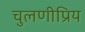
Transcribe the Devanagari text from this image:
चुलणीप्रिय